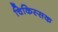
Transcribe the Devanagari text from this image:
चिकिस्सक